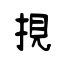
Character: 挸